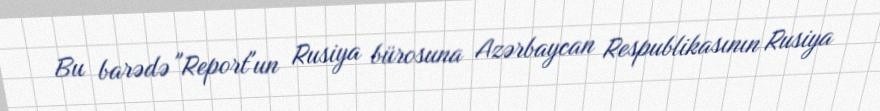
Bu barədə "Report"un Rusiya bürosuna Azərbaycan Respublikasının Rusiya